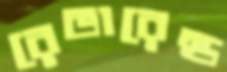
রেভারেন্ড